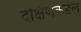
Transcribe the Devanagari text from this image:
दक्षिणकडेल